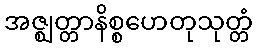
အဇ္ဈတ္တာနိစ္စဟေတုသုတ္တံ